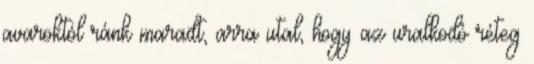
avaroktól ránk maradt, arra utal, hogy az uralkodó réteg